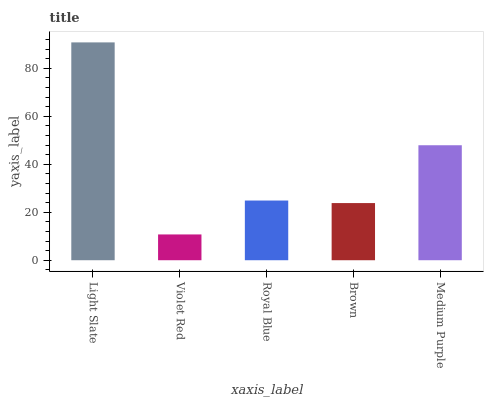
| xaxis_label | bars |
 | --- | --- |
 | Light Slate | 90.8 |
 | Violet Red | 10.7 |
 | Royal Blue | 24.9 |
 | Brown | 23.8 |
 | Medium Purple | 47.9 |